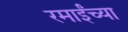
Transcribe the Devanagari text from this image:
रमाईंच्या